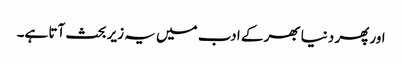
اور پھر دنیا بھر کے ادب میں یہ زیر بحث آتا ہے۔